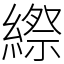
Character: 縩